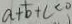
a + b + c < 0